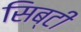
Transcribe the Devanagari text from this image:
सिब्‍टी